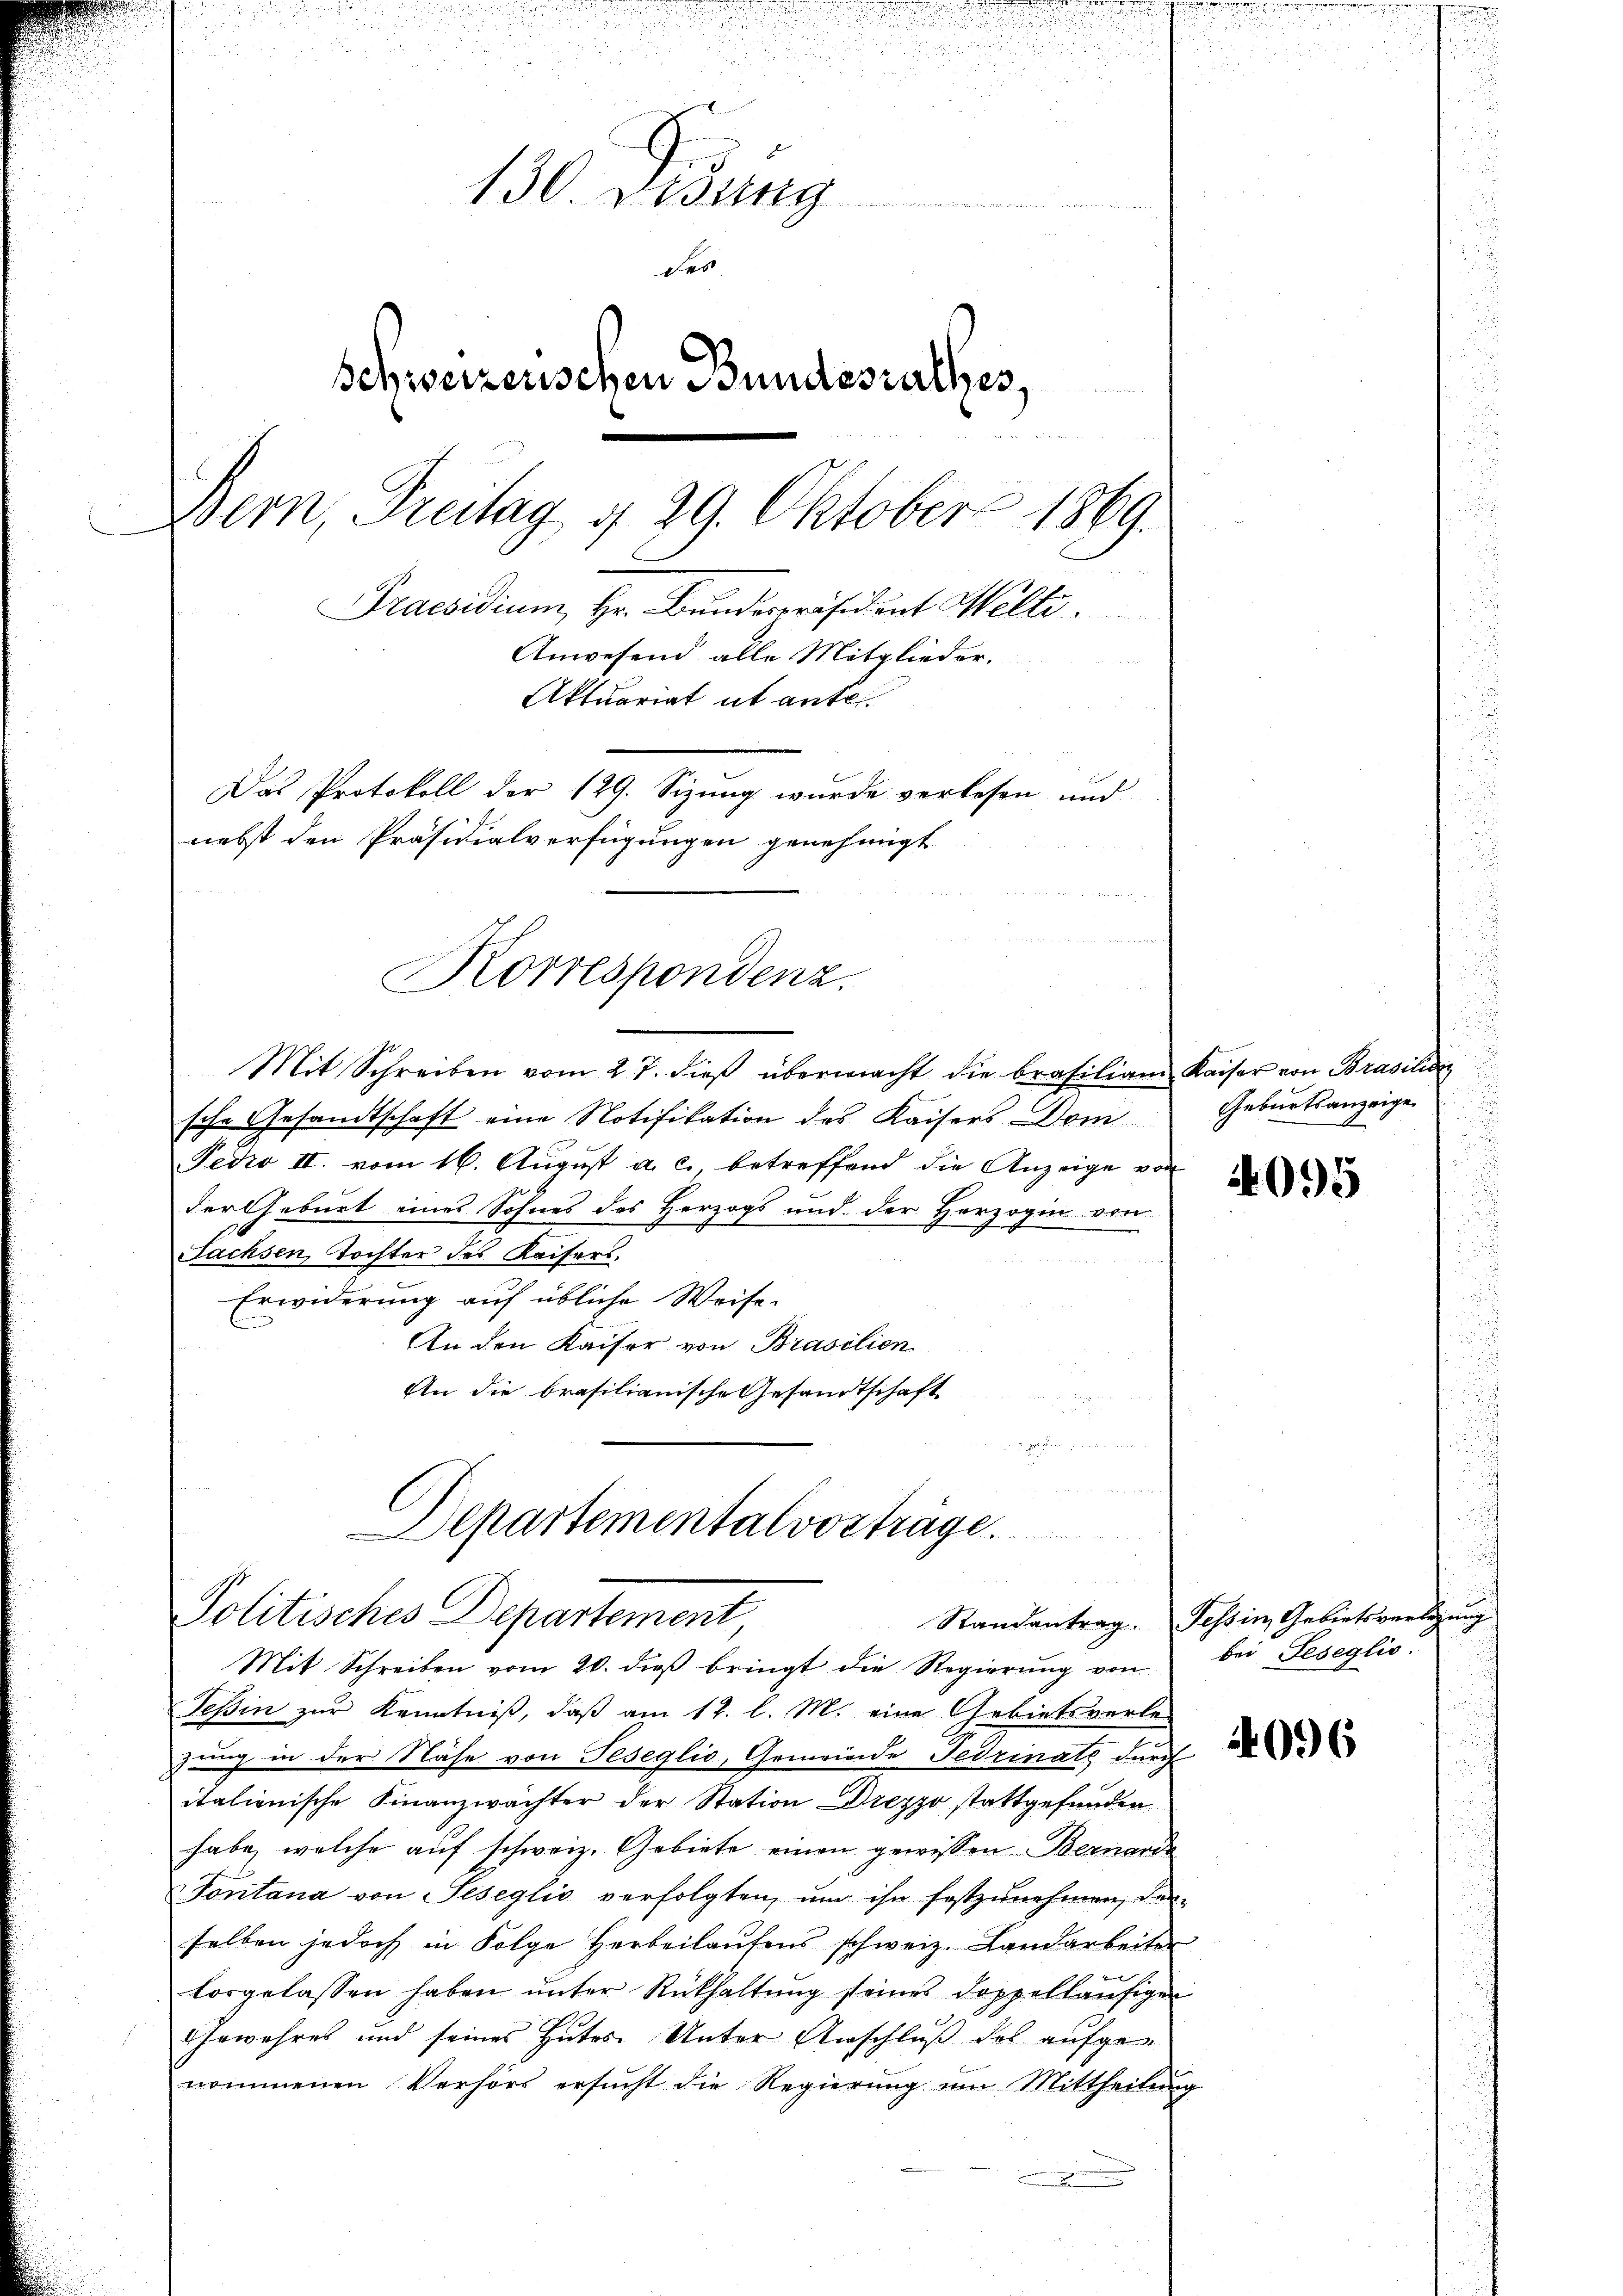
130. Visung
des
schweizerischen Bundesrathes,
Bern, Treitag d. 29. Oktober 1869.
Praesidium, Hr. Bunderpräsident Welti.
Anwesend alle Mitglieder.
Aktuariat it ante.
Das Protokoll der 129. Sizung wurde verlesen und
nebst den Präsidialverfügungen genehmigt

Mit Schreiben vom 27. dieβ übermacht die Brasiliam Kaiser von Brasilisi
sche Gesandtschaft eine Notifikation des Kaisers Dom
Fedro II. vom 16. August a. c., betreffend die Anzeige vor
der Geburt eines Sohnes des Herzogs und der Herzogin vor
Fachsen, Tochter des Kaisers.
Erwiderung auf übliche Weise.
An den Kaiser von Brasilien
An die brasilianische Gesandtschaft
Departemental vorträge.

Korrespondenz.

Teßin zur Kenntniß, daß am 12. l. M. eine Gebietsverle-
zung in der Nähe von Teseglio, Gemeinde Fedzinals durch
italienische Finanzwächter der Station Drezzo stattgefunden
habe, welche auf schweiz. Gebiete einen gewissen Bernarde
Sontana von Seseglio verfolgten, ŭm ihn festzŭnehmen, der-
selben jedoch in Folge herbeilaŭfens schweiz. Landarbeiter
losgelassen haben ŭnter Rückhaltŭng seines doppelläufigen
Gewähret und seines Gutes Unter Anschluß des aufgenommenen Verhörs ersŭcht die Regierŭng ŭm Mittheilŭng

Politisches Departement
Mit Schreiben vom 20. dieß bringt die Regierung von

Geburtsanzeige

4095

Randantrag. Tessin, Gebietsverlegung
bei Geseglio.

4096